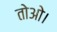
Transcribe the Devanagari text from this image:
तोओ।